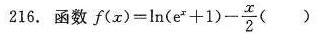
216.函数 $$f ( x ) = \ln _ { } { ( e ^ { x } + 1 ) } - \frac { x} { 2 }$$ ()